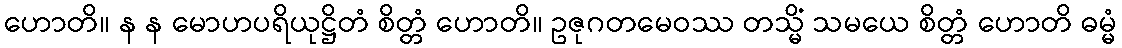
ဟောတိ။ န န မောဟပရိယုဋ္ဌိတံ စိတ္တံ ဟောတိ။ ဥဇုဂတမေဝဿ တသ္မိံ သမယေ စိတ္တံ ဟောတိ ဓမ္မံ